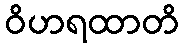
ဝိဟရထာတိ